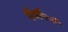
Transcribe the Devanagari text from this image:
इंदौरचे